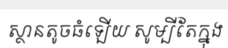
ស្ថានតូចធំឡើយ សូម្បីតែក្នុង